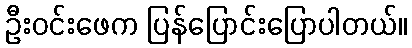
ဦးဝင်းဖေက ပြန်ပြောင်းပြောပါတယ်။